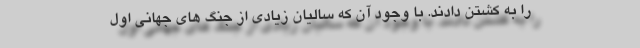
را به کشتن دادند. با وجود آن که سالیان زیادی از جنگ های جهانی اول